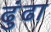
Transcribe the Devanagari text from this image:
ढुंढा